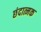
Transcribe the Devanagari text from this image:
छंदात्मक